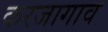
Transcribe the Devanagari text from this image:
करजागाव